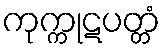
ကုက္ကုဋပတ္တံ